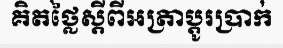
គិតថ្លៃស្តីពីអត្រាប្តូរប្រាក់